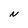
Character: N